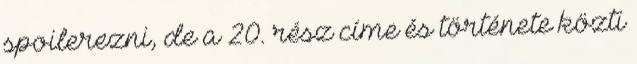
spoilerezni, de a 20. rész címe és története közti